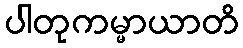
ပါတုကမ္မာယာတိ